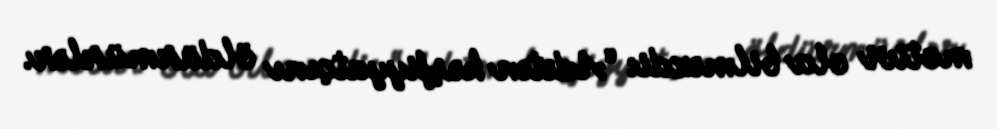
motivi ola bilməzdi: “Adətən kəşfiyyatçını öldürmürlər.